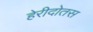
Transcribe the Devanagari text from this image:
हेरीदोतस